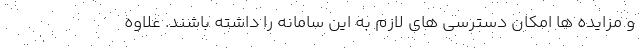
و مزایده ها امکان دسترسی های لازم به این سامانه را داشته باشند. علاوه